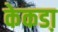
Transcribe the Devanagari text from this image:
केकडा़